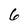
Character: 6